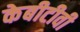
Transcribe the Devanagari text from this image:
केबीटीवी